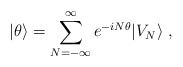
\begin{align*}|\theta\rangle = \sum_{N=-\infty}^\infty e^{-iN\theta} |V_N\rangle\; ,\end{align*}